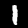
Digit: 1